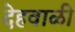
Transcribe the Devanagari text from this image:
देहवाळी